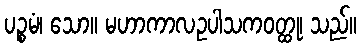
ပဉ္စမံ၊ သော။ မဟာကာလဥပါသကဝတ္ထု၊ သည်။